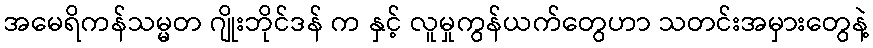
အမေရိကန်သမ္မတ ဂျိုးဘိုင်ဒန် က နှင့် လူမှုကွန်ယက်တွေဟာ သတင်းအမှားတွေနဲ့